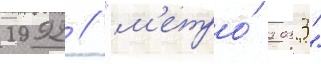
1992 // "м'етро́ 2033"